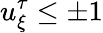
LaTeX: u_{\xi}^{\tau}\leq\pm 1